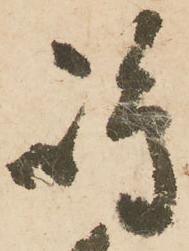
嶋